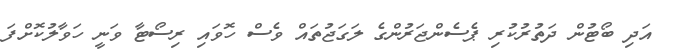
އަދި ބޯޓުން ދަތުރުކުރި ޕެސެންޖަރުންގެ ލަގަޖުތައް ވެސް ހޮވައި ރިސޯޓާ ވަނީ ހަވާލުކޮށްފަ